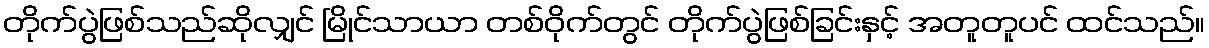
တိုက်ပွဲဖြစ်သည်ဆိုလျှင် မြိုင်သာယာ တစ်ဝိုက်တွင် တိုက်ပွဲဖြစ်ခြင်းနှင့် အတူတူပင် ထင်သည်။